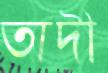
তাদী